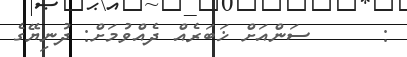
:      ސަންއަށް ޚަބަރެއް ދެއްވުމަށް: ދުނިޔޭގެ